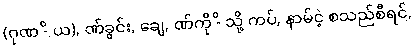
(ဂုဏ -ိ ယ), ဏ်ခွင်း, ချေ, ဏ်ကို -ိ သို့ ကပ်, နာမ်ငဲ့ စသည်စီရင်,